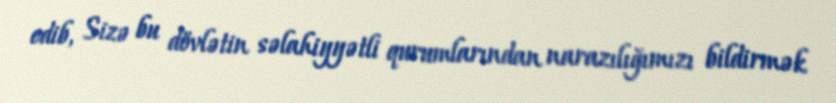
edib, Sizə bu dövlətin səlahiyyətli qurumlarından narazılığımızı bildirmək